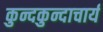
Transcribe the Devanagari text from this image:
कुन्दकुन्दाचार्य